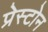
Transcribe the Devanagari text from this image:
प्रेस्टोन